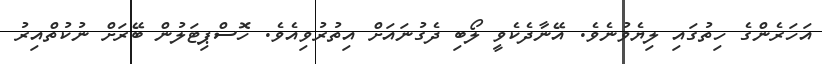
އަހަރެންގެ ހިތުގައި ލިޔެވުނެވެ. އޭނާދެކެވީ ލޯބި ދެގުނައަށް އިތުރުވިއެވެ. ހޮސްޕިޓަލުން ބޭރަށް ނުކުތްއިރު